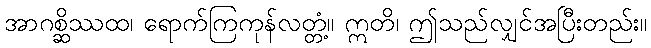
အာဂစ္ဆိဿထ၊ ရောက်ကြကုန်လတ္တံ့။ ဣတိ၊ ဤသည်လျှင်အပြီးတည်း။